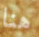
هنا